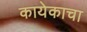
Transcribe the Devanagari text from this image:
कायेकाचा